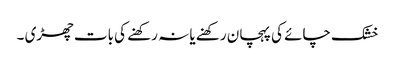
خشک چائے کی پہچان رکھنے یا نہ رکھنے کی بات چھڑی ۔